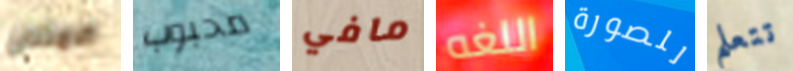
الامتنان محبوب مافي اللغه للصورة تتعلم